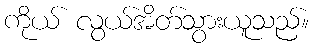
ကိုယ် လွယ်အိတ်သွားယူသည်။